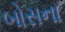
બોસના